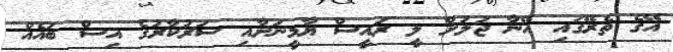
އޭގެ ތެރޭގައި އޭނާ ޖަލަށް ލީ ރައީސް ޔާމީނަށާއި ސަރުކާރުގެ އިސް ބައެއް